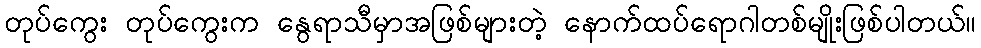
တုပ်ကွေး တုပ်ကွေးက နွေရာသီမှာအဖြစ်များတဲ့ နောက်ထပ်ရောဂါတစ်မျိုးဖြစ်ပါတယ်။